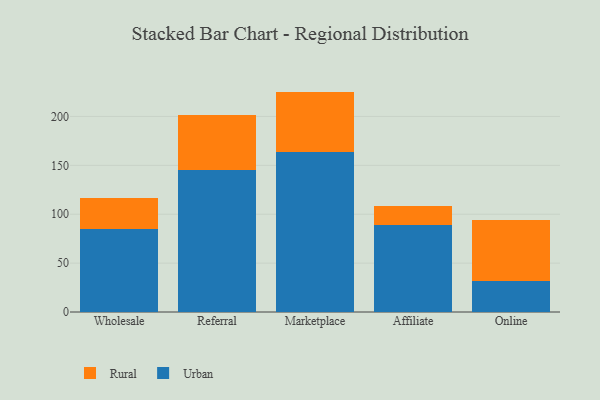
{"axis": {"x": "Channel", "y": "Conversion Rate (%)"}, "legend": ["Rural", "Urban"], "data": [{"x": "Wholesale", "y": 85.3, "type": "Urban"}, {"x": "Wholesale", "y": 31.6, "type": "Rural"}, {"x": "Referral", "y": 145.1, "type": "Urban"}, {"x": "Referral", "y": 56.3, "type": "Rural"}, {"x": "Marketplace", "y": 164.1, "type": "Urban"}, {"x": "Marketplace", "y": 61.3, "type": "Rural"}, {"x": "Affiliate", "y": 88.9, "type": "Urban"}, {"x": "Affiliate", "y": 20.0, "type": "Rural"}, {"x": "Online", "y": 32.0, "type": "Urban"}, {"x": "Online", "y": 62.1, "type": "Rural"}]}